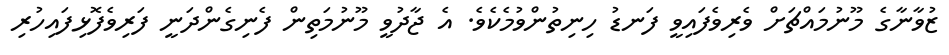
ޒުވާނާގެ މޫނުމައްޗަށް ވެރިވެފައިވީ ފަނޑު ހިނިތުންވުމެކެވެ. އެ ޖާދުވީ މޫނުމަތިން ފެނިގެންދަނީ ފަރިވެފޮޅިފައިހުރި